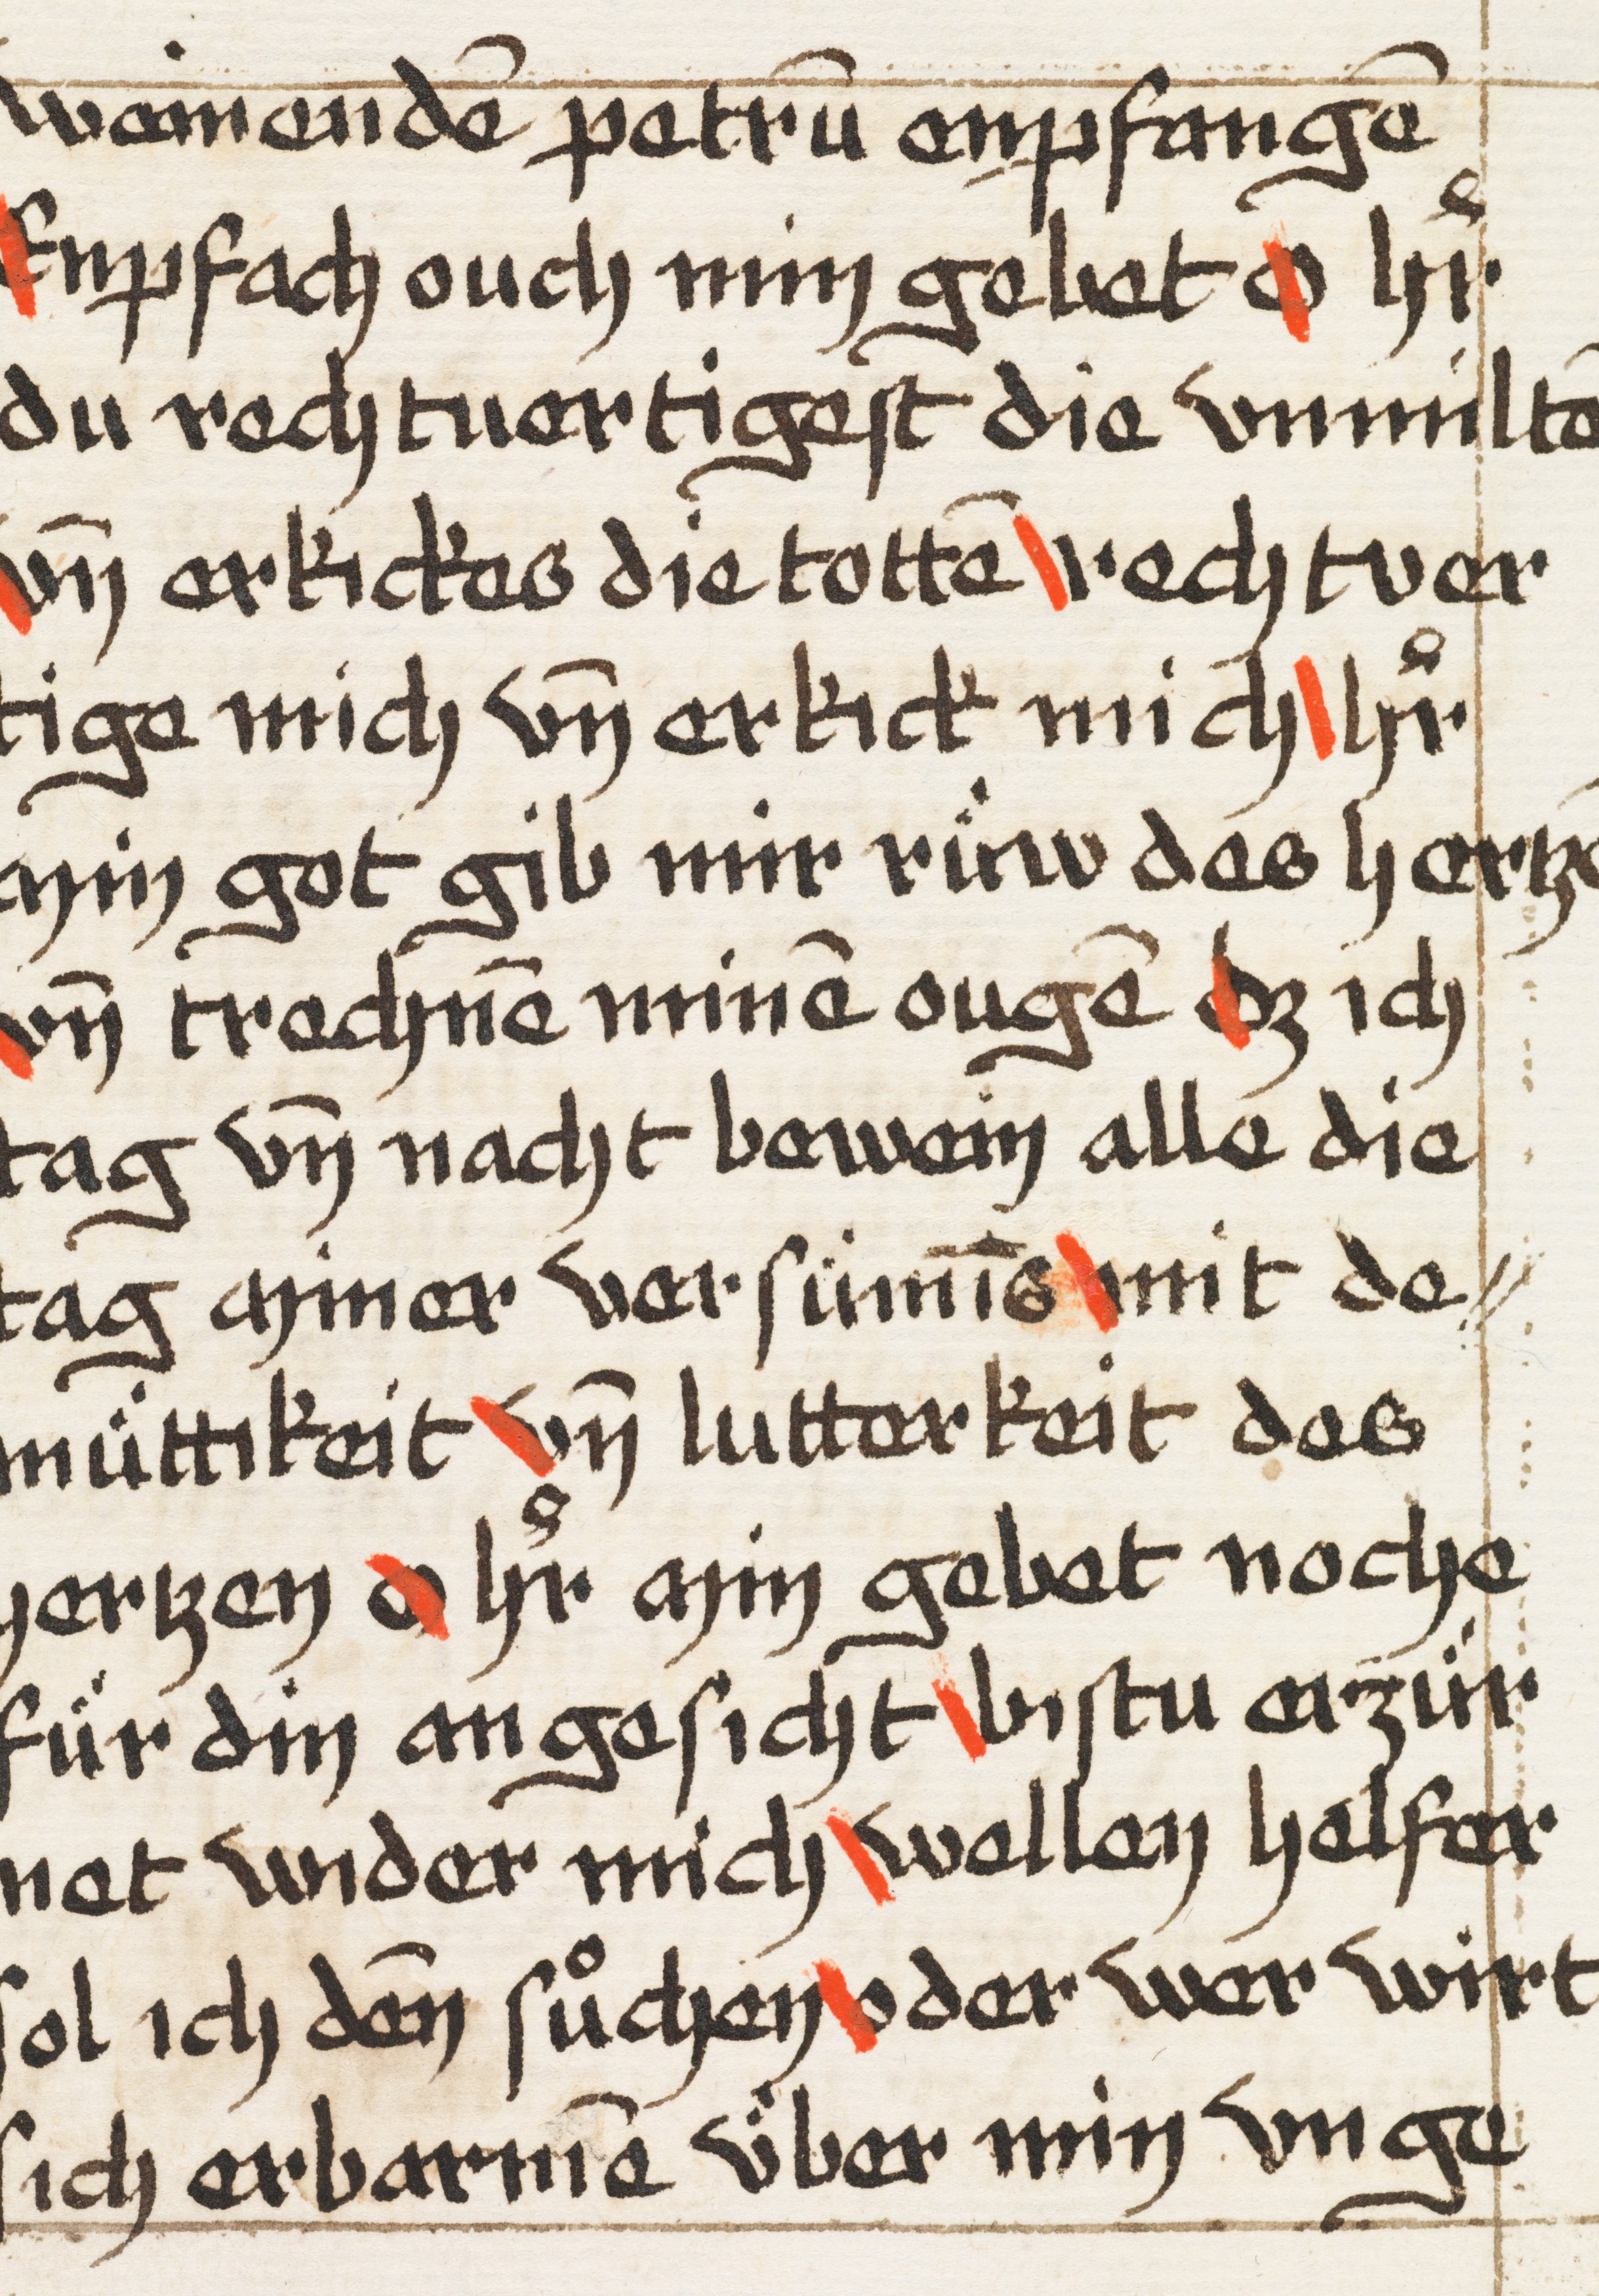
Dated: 1500–1524